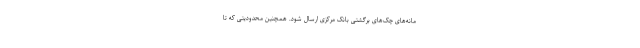
مانه‌های چک‌های برگشتی بانک مرکزی ارسال شود. همچنین محدودیتی که تا